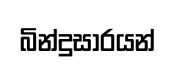
බින්දුසාරයන්